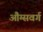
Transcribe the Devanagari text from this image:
औग्सवर्ग